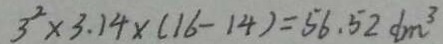
3 ^ { 2 } \times 3 . 1 4 \times ( 1 6 - 1 4 ) = 5 6 . 5 2 d m ^ { 3 }